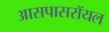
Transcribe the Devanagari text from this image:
आसपासरॉयल